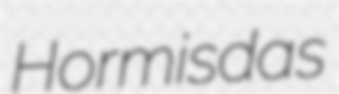
Hormisdas